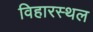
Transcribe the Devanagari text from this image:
विहारस्थल